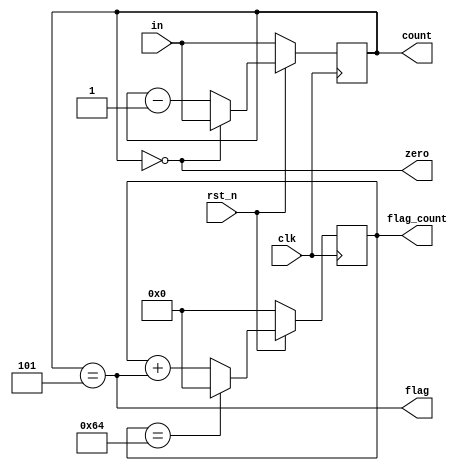
//***********************************//
/*        Lab 01: Down Counter       */
/*   Jeph Mari M. Daligdig BS ECE IV */
/*												 */
/*************************************/ 

module counter (clk,
                 rst_n,
					  in,
					  flag,
					  flag_count,
					  count, 
					  zero);
					  
// input declaration

input clk;
input rst_n;
input [7:0] in;

// output declaration

output [7:0] count;
output flag;
output [7:0] flag_count;
output zero;

//data types
wire clk;
wire rst_n;
wire [7:0] in;
wire flag;
wire zero;
wire flag_reset;

reg [7:0] flag_count;
reg [7:0] count;

//Code

always @(posedge clk)
   begin 
	   if (!rst_n)
		   count <= in;
		else 
		   if (zero)
			   count <= in;
			else
			   count <= count - 1;
	end

always @(posedge clk)
   begin 
	   if (!rst_n)
		   flag_count <= 0;
		else 
		   if (flag_reset)
			   flag_count <= 0;
			else
			   flag_count <= flag_count + flag;
	end

assign flag = (count == 8'd5);
assign zero = (count == 8'd0);
assign flag_reset = (flag_count == 8'd100);

endmodule